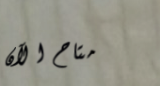
متاح الآن